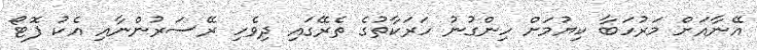
އޭނާއަށް މަރުހަބާ ކިޔުމަށް ހިންގުނު ހަރަކާތުގެ ތެރޭގައި ދިވެހި ރޭސަރުންނާއި އެކު ފޮޓޯ